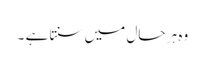
وہ ہر حال میں سنتا ہے ۔